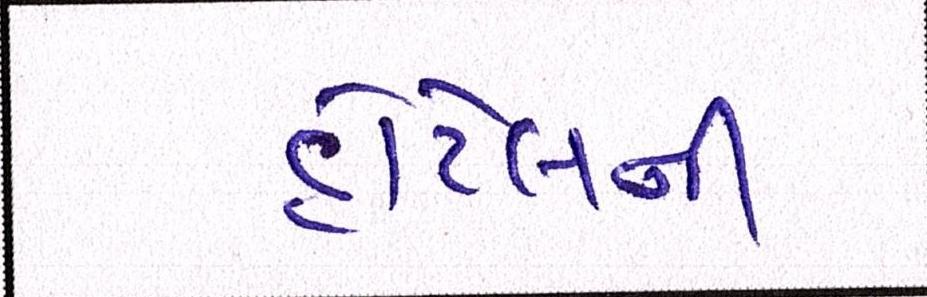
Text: હોટેલની